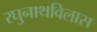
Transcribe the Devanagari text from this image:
रघुनाथविलास